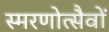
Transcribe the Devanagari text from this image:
स्मरणोत्सैवों